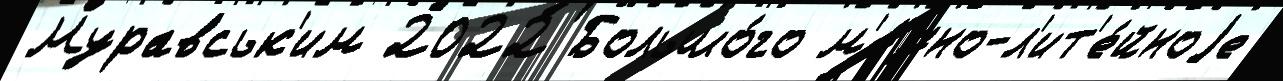
Муравськ'им 2022 Большо́го м'е́дно-л'ит'е́йноjе